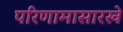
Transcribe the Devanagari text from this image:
परिणामासारखे